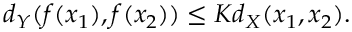
d _ { Y } ( f ( x _ { 1 } ) , f ( x _ { 2 } ) ) \leq K d _ { X } ( x _ { 1 } , x _ { 2 } ) .